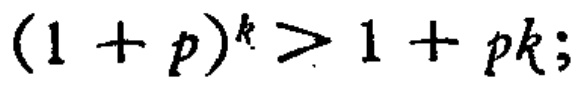
\((1 + p)^{k} > 1 + pk;\)